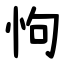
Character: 怐